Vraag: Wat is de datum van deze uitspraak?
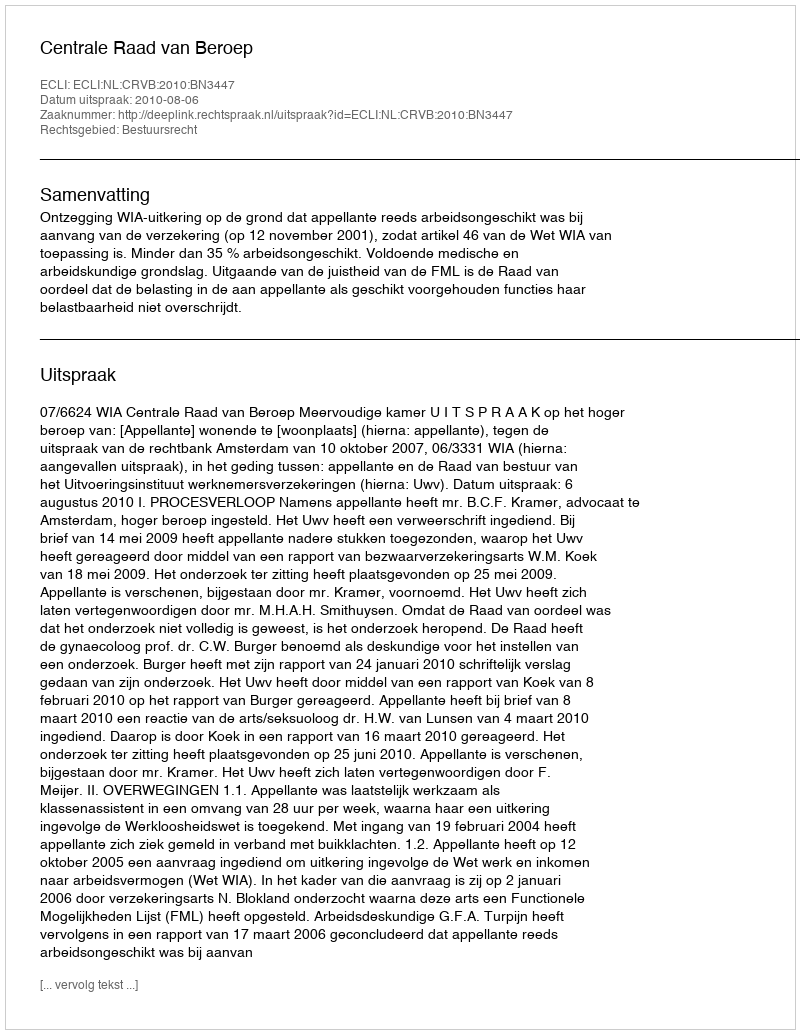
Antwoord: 2010-08-06